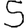
Digit: 5